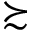
\succsim